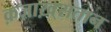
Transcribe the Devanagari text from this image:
क़ज़ाख़्सतान